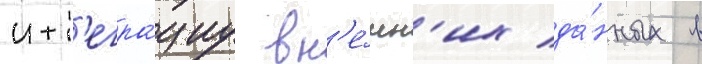
инт'егра́циу вн'е́шн'их да́нных в